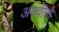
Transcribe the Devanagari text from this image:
अक्वीनो